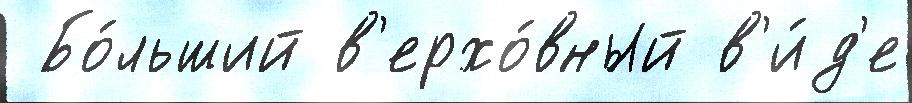
 Бо́льший в'ерхо́вный в'и́д'е